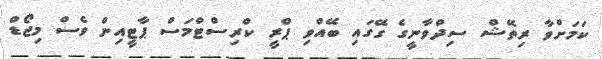
ކަމަށްވާ ރިތޭޝް ސިދްވާނީގެ ގޭގައި ބޭއްވި ޕްރީ ކްރިސްޓްމަސް ޕާޓީއިން ވެސް މިޖޯޑް